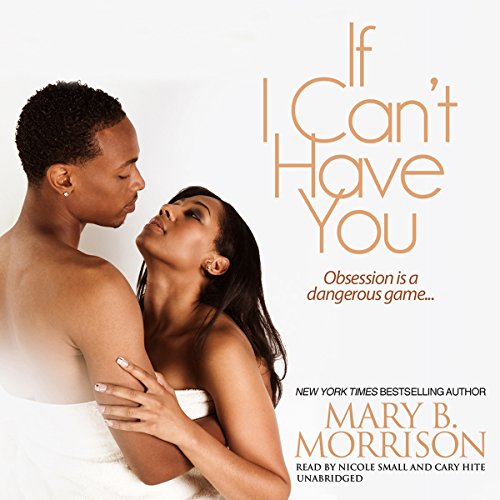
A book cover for If I Can't Have You; Mary B. Morrison; Romance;